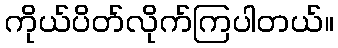
ကိုယ်ပိတ်လိုက်ကြပါတယ်။